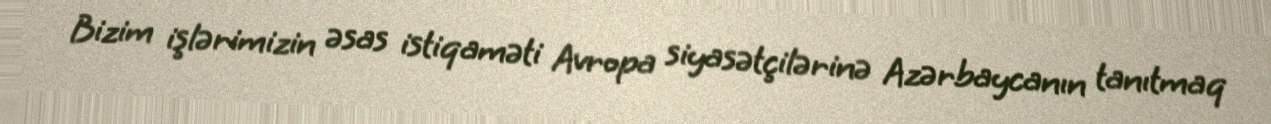
Bizim işlərimizin əsas istiqaməti Avropa siyasətçilərinə Azərbaycanın tanıtmaq